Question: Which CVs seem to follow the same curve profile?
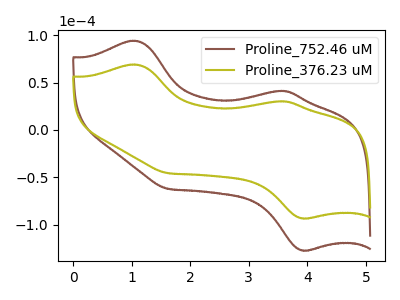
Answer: <think>The brown curve "Proline_752.46 uM" has anodic peaks at (1.05V, 94.30uA) (3.60V, 41.35uA) and cathodic peaks at (3.95V, -127.20uA) (1.60V, -62.15uA). The olive curve "Proline_376.23 uM" has anodic peaks at (1.05V, 69.20uA) (3.60V, 30.35uA) and cathodic peaks at (3.95V, -93.35uA) (1.60V, -45.60uA).
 All the peaks in "Proline_752.46 uM" have a peak in "Proline_376.23 uM" at the same potential. Every peak in "Proline_752.46 uM" is higher than every peak in "Proline_376.23 uM".</think>
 <answer>"Proline_376.23 uM" and "Proline_752.46 uM" have the same shape and are likely CV's of the same chemical.</answer>
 <eval>"Proline_376.23 uM" "Proline_752.46 uM"</eval>